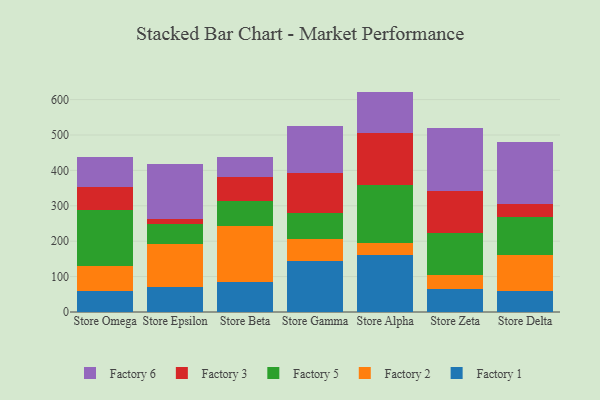
{"axis": {"x": "Store", "y": "Active Users"}, "legend": ["Factory 1", "Factory 2", "Factory 3", "Factory 5", "Factory 6"], "data": [{"x": "Store Omega", "y": 60.5, "type": "Factory 1"}, {"x": "Store Omega", "y": 70.8, "type": "Factory 2"}, {"x": "Store Omega", "y": 157.7, "type": "Factory 5"}, {"x": "Store Omega", "y": 62.9, "type": "Factory 3"}, {"x": "Store Omega", "y": 85.8, "type": "Factory 6"}, {"x": "Store Epsilon", "y": 69.8, "type": "Factory 1"}, {"x": "Store Epsilon", "y": 123.6, "type": "Factory 2"}, {"x": "Store Epsilon", "y": 55.1, "type": "Factory 5"}, {"x": "Store Epsilon", "y": 14.5, "type": "Factory 3"}, {"x": "Store Epsilon", "y": 154.7, "type": "Factory 6"}, {"x": "Store Beta", "y": 85.7, "type": "Factory 1"}, {"x": "Store Beta", "y": 157.6, "type": "Factory 2"}, {"x": "Store Beta", "y": 70.5, "type": "Factory 5"}, {"x": "Store Beta", "y": 66.5, "type": "Factory 3"}, {"x": "Store Beta", "y": 57.9, "type": "Factory 6"}, {"x": "Store Gamma", "y": 144.6, "type": "Factory 1"}, {"x": "Store Gamma", "y": 61.0, "type": "Factory 2"}, {"x": "Store Gamma", "y": 75.0, "type": "Factory 5"}, {"x": "Store Gamma", "y": 111.8, "type": "Factory 3"}, {"x": "Store Gamma", "y": 132.5, "type": "Factory 6"}, {"x": "Store Alpha", "y": 162.1, "type": "Factory 1"}, {"x": "Store Alpha", "y": 31.6, "type": "Factory 2"}, {"x": "Store Alpha", "y": 164.2, "type": "Factory 5"}, {"x": "Store Alpha", "y": 148.9, "type": "Factory 3"}, {"x": "Store Alpha", "y": 115.8, "type": "Factory 6"}, {"x": "Store Zeta", "y": 65.6, "type": "Factory 1"}, {"x": "Store Zeta", "y": 39.9, "type": "Factory 2"}, {"x": "Store Zeta", "y": 116.6, "type": "Factory 5"}, {"x": "Store Zeta", "y": 120.4, "type": "Factory 3"}, {"x": "Store Zeta", "y": 177.5, "type": "Factory 6"}, {"x": "Store Delta", "y": 60.4, "type": "Factory 1"}, {"x": "Store Delta", "y": 100.1, "type": "Factory 2"}, {"x": "Store Delta", "y": 108.5, "type": "Factory 5"}, {"x": "Store Delta", "y": 36.5, "type": "Factory 3"}, {"x": "Store Delta", "y": 175.1, "type": "Factory 6"}]}